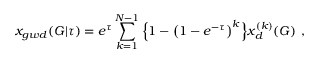
x _ { g w d } ( G | \tau ) = e ^ { \tau } \sum _ { k = 1 } ^ { N - 1 } \Big \{ 1 - \big ( 1 - e ^ { - \tau } \big ) ^ { k } \Big \} x _ { d } ^ { ( k ) } ( G ) \ ,